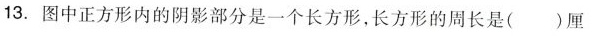
13.图中正方形内的阴影部分是一个长方形，长方形的周长是()厘